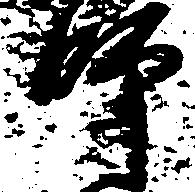
師